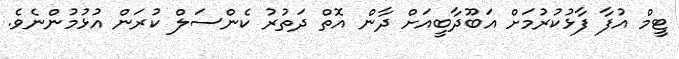
ޓީމް އުފާ ފާޅުކުރުމަށް އަބޫދާބީއަށް ދާން އޮތް ދަތުރު ކެންސަލް ކުރަން އުޅުމުންނެވެ.